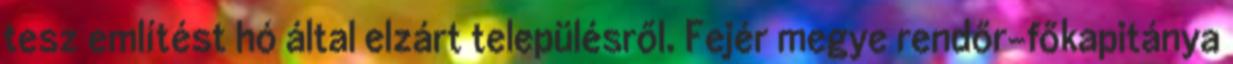
tesz említést hó által elzárt településről. Fejér megye rendőr-főkapitánya